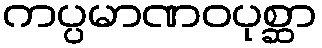
ကပ္ပမာဏဝပုစ္ဆာ